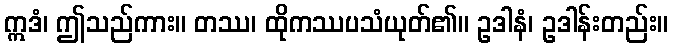
ဣဒံ၊ ဤသည်ကား။ တဿ၊ ထိုကဿပသံယုတ်၏။ ဥဒါနံ၊ ဥဒါန်းတည်း။